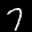
Label: 7